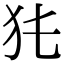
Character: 𤜨